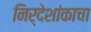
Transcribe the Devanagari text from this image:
निर्देशांकाचा